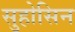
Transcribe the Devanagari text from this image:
सुहोसिन